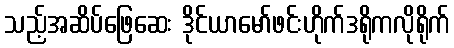
သည့်အဆိပ်ဖြေဆေး ဒိုင်ယာမော်ဖင်းဟိုက်ဒရိုကလိုရိုက်